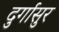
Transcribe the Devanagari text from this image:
दुर्गासुर